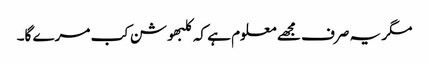
مگر یہ صرف مجھے معلوم ہے کہ کلبھوشن کب مرے گا۔